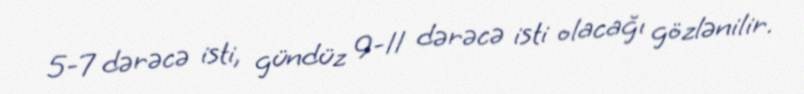
5-7 dərəcə isti, gündüz 9-11 dərəcə isti olacağı gözlənilir.